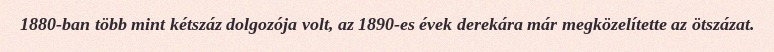
1880-ban több mint kétszáz dolgozója volt, az 1890-es évek derekára már megközelítette az ötszázat.